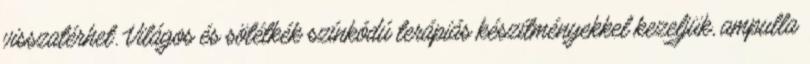
visszatérhet. Világos és sötétkék színkódú terápiás készítményekkel kezeljük, ampulla